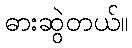
ဓားဆွဲတယ်။